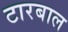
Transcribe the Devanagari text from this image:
टारबाल